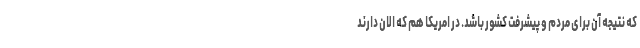
که نتیجه آن برای مردم و پیشرفت کشور باشد. در امریکا هم که الان دارند